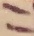
Text: 11